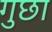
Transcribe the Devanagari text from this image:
गुछा